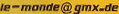
le-monde@gmx.de